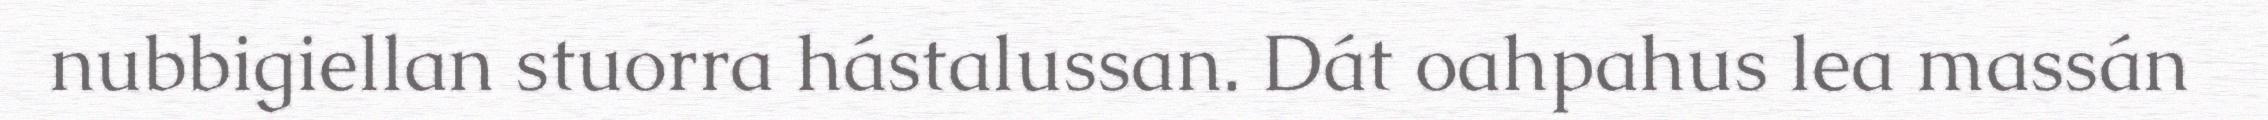
nubbigiellan stuorra hástalussan. Dát oahpahus lea massán